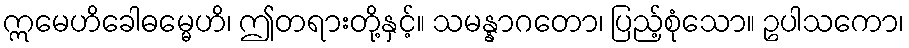
ဣမေဟိခေါဓမ္မေဟိ၊ ဤတရားတို့နှင့်။ သမန္နာဂတော၊ ပြည့်စုံသော။ ဥပါသကော၊